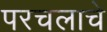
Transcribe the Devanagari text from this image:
परचलाचे